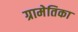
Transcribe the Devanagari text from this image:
ग्रामेतिका